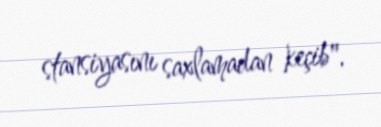
stansiyasını saxlamadan keçib".